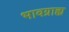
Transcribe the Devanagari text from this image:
भावग्राह्य